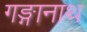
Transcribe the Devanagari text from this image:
गङ्गानाथ